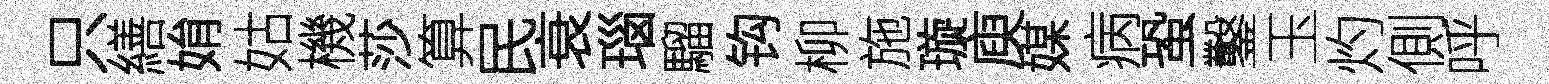
只繕姢姑機莎算民衰瑙騮钩柳施璇庾媒病蛩鑿玉灼側呼